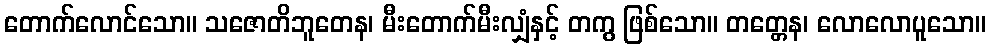
တောက်လောင်သော။ သဇောတိဘူတေန၊ မီးတောက်မီးလျှံနှင့် တကွ ဖြစ်သော။ တတ္တေန၊ လောလောပူသော။